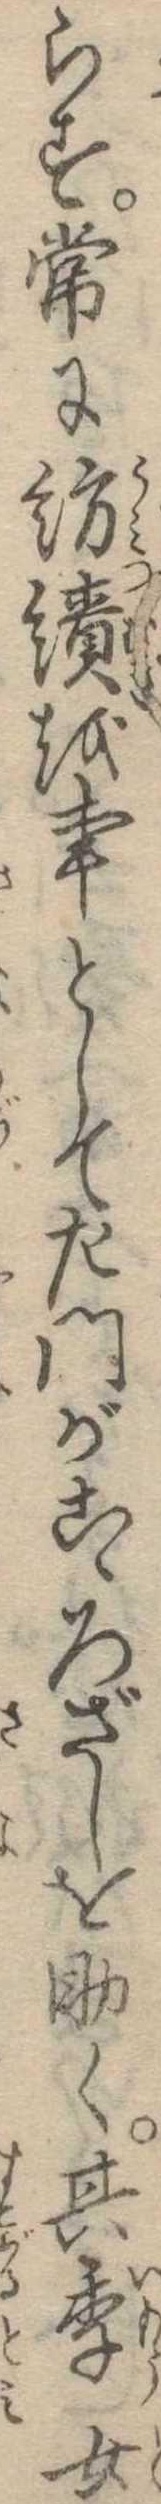
らす常に紡績を事として左門がこゝろざしを助く其季女